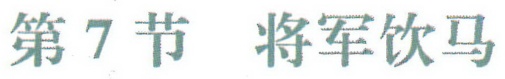
第7节 将军饮马